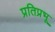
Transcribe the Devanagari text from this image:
प्रतिप्रभू